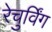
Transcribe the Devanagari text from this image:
रेचुर्विंग